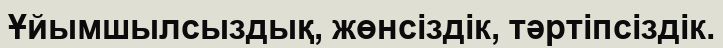
Ұйымшылсыздық, жөнсіздік, тәртіпсіздік.